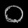
Digit: ၀